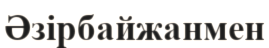
Әзірбайжанмен